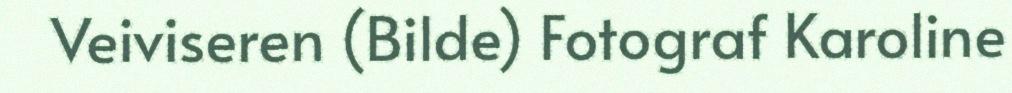
Veiviseren (Bilde) Fotograf Karoline